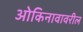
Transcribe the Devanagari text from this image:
ओकिनावावरील